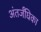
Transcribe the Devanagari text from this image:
अंतर्जंघिका